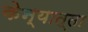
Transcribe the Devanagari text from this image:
केन्यात्ता